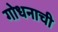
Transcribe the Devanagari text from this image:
गोधनाची